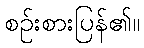
စဉ်းစားပြန်၏။